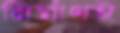
নির্মাণই